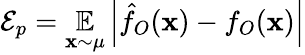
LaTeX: {\cal{E}}_{p}=\underset{\mathbf{x}\sim\mu}{\mathbb{{E}}}\left|\hat{{f}}_{O}(\mathbf{x})-f_{O}(\mathbf{x})\right|